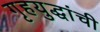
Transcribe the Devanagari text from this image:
गृहयुद्धांची